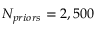
N _ { p r i o r s } = 2 , 5 0 0